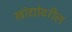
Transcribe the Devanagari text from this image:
खांद्यांवरील